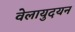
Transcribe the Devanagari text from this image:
वेलायुदयन